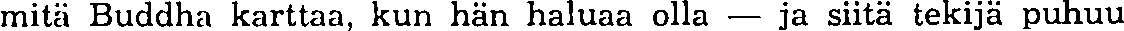
mitä Buddha karttaa, kun hän haluaa olla — ja siitä tekijä puhuu